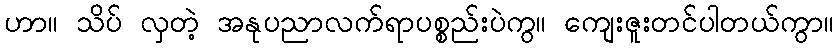
ဟာ။ သိပ် လှတဲ့ အနုပညာလက်ရာပစ္စည်းပဲကွ။ ကျေးဇူးတင်ပါတယ်ကွာ။